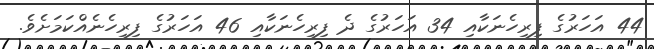
44 އަހަރުގެ ފިރިހެނަކާއި 34 އަހަރުގެ ދެ ފިރިހެނަކާއި 46 އަހަރުގެ ފިރިހެނެއްކަމަށެވެ.